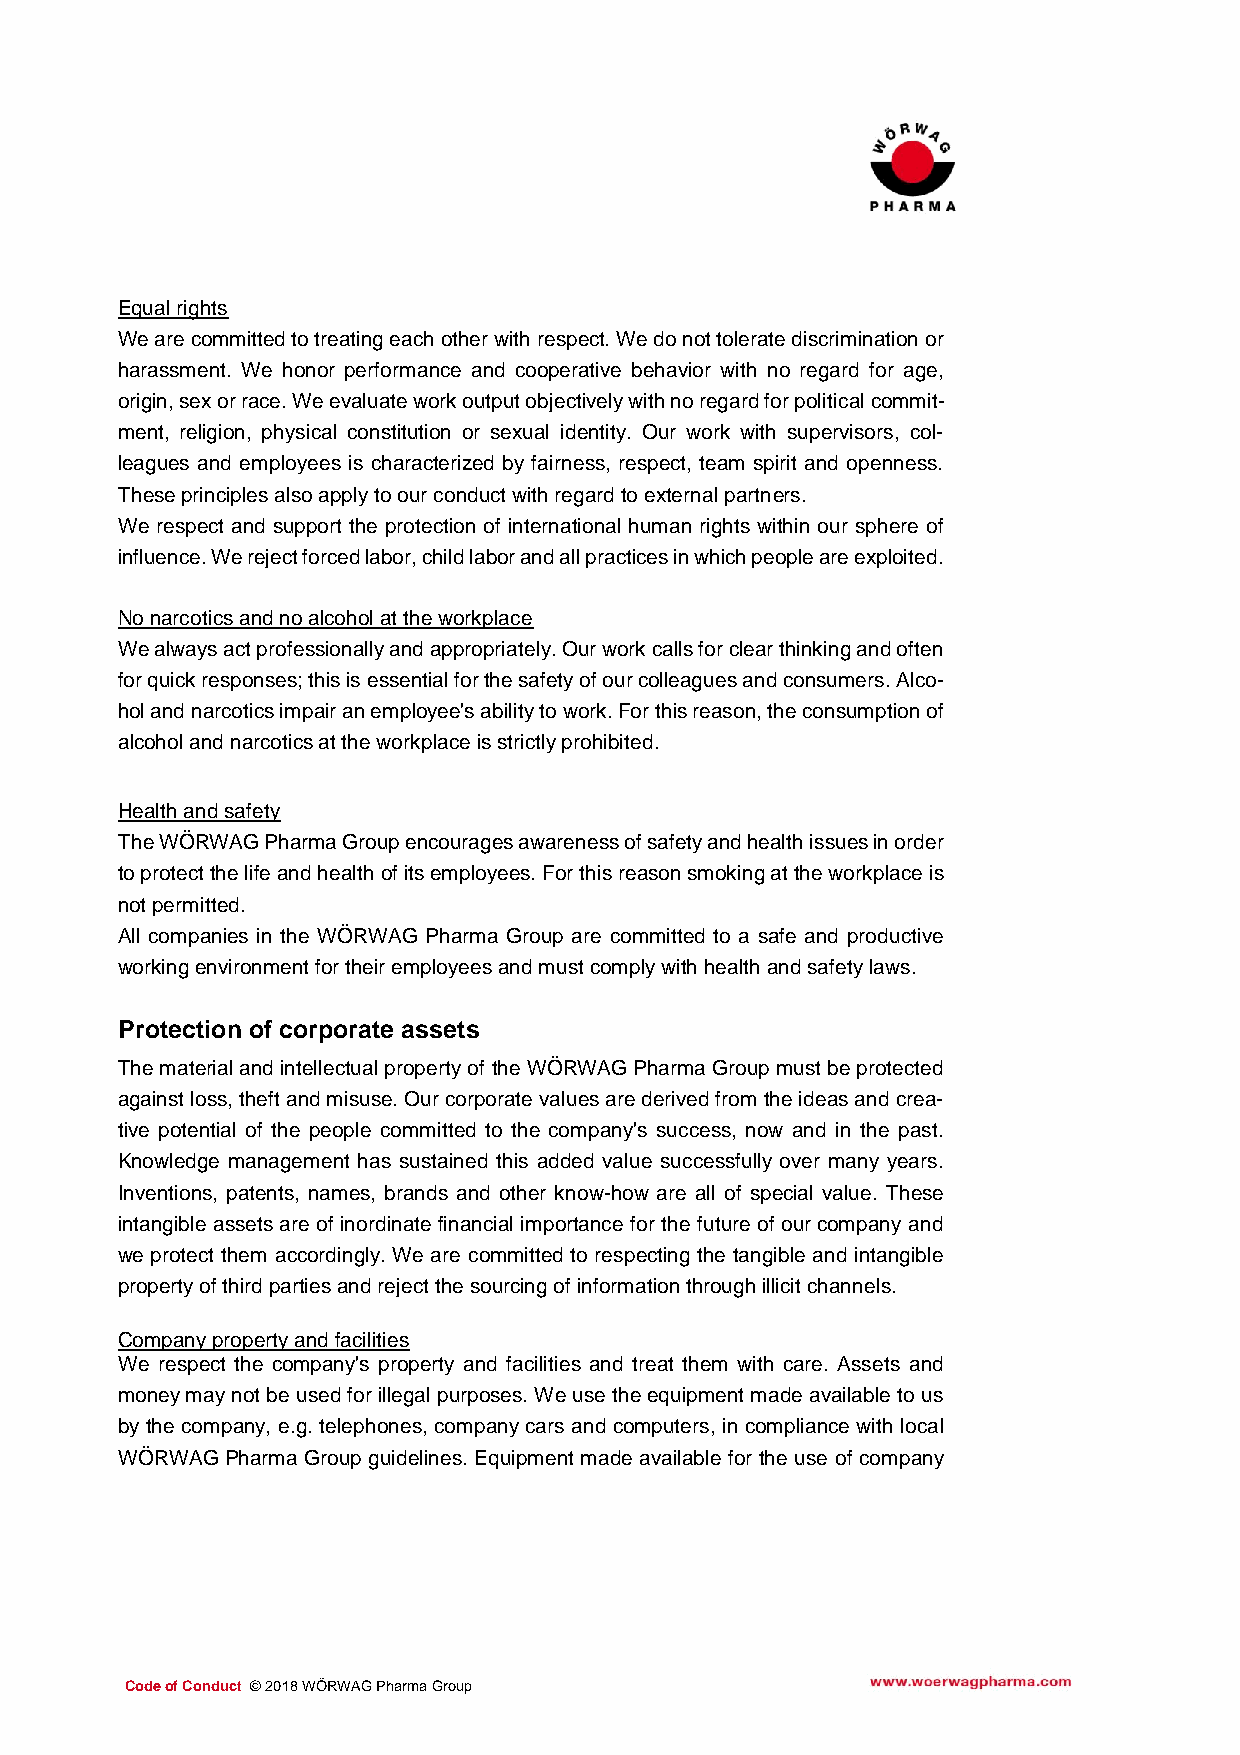
Equal rights
 We are committed to treating each other with respect. We do not tolerate discrimination or
 harassment. We honor performance and cooperative behavior with no regard for age,
 origin, sex or race. We evaluate work output objectively with no regard for political commit-
 ment, religion, physical constitution or sexual identity. Our work with supervisors, col-
 leagues and employees is characterized by fairness, respect, team spirit and openness.
 These principles also apply to our conduct with regard to external partners.
 We respect and support the protection of international human rights within our sphere of
 influence. We reject forced labor, child labor and all practices in which people are exploited.
 No narcotics and no alcohol at the workplace
 We always act professionally and appropriately. Our work calls for clear thinking and often
 for quick responses; this is essential for the safety of our colleagues and consumers. Alco-
 hol and narcotics impair an employee's ability to work. For this reason, the consumption of
 alcohol and narcotics at the workplace is strictly prohibited.
 Health and safety
 The WÖRWAG Pharma Group encourages awareness of safety and health issues in order
 to protect the life and health of its employees. For this reason smoking at the workplace is
 not permitted.
 All companies in the WÖRWAG Pharma Group are committed to a safe and productive
 working environment for their employees and must comply with health and safety laws.
 Protection of corporate assets
 The material and intellectual property of the WÖRWAG Pharma Group must be protected
 against loss, theft and misuse. Our corporate values are derived from the ideas and crea-
 tive potential of the people committed to the company's success, now and in the past.
 Knowledge management has sustained this added value successfully over many years.
 Inventions, patents, names, brands and other know-how are all of special value. These
 intangible assets are of inordinate financial importance for the future of our company and
 we protect them accordingly. We are committed to respecting the tangible and intangible
 property of third parties and reject the sourcing of information through illicit channels.
 Company property and facilities
 We respect the company's property and facilities and treat them with care. Assets and
 money may not be used for illegal purposes. We use the equipment made available to us
 by the company, e.g. telephones, company cars and computers, in compliance with local
 WÖRWAG Pharma Group guidelines. Equipment made available for the use of company
 Ver Verhaltenskodex © 2018 WÖRWAG Pharma Gruppe 2018
 haltenskodex © 2018 WÖRWAG Pharma Gruppe
 Code of Conduct © 2018 WÖRWAG Pharma Group